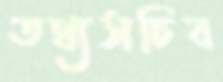
তথ্যসচিব